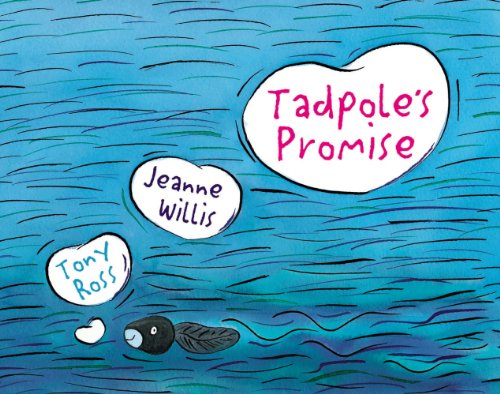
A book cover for Tadpole's Promise; Jeanne Willis; Children's Books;